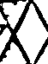
X